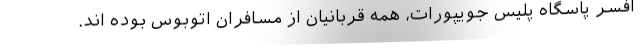
افسر پاسگاه پلیس جویپورات، همه قربانیان از مسافران اتوبوس بوده اند.